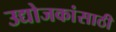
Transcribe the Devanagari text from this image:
उद्योजकांसाठी